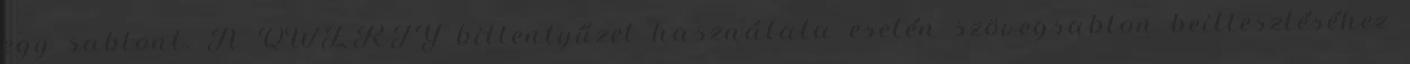
egy sablont. A QWERTY billentyűzet használata esetén szövegsablon beillesztéséhez